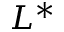
L ^ { * }